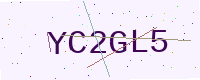
Text: YC2GL5